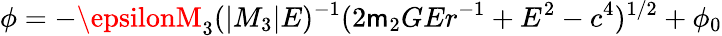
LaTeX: \phi=-\epsilonM_{3}(|M_{3}|E)^{-1}(2\mathsf{m}_{2}GEr^{-1}+E^{2}-c^{4})^{1/2}+\phi_{0}